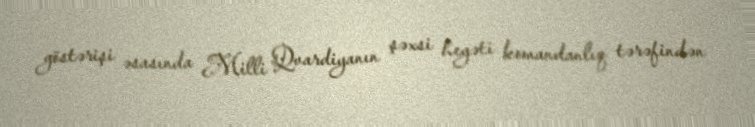
göstərişi əsasında Milli Qvardiyanın şəxsi heyəti komandanlıq tərəfindən